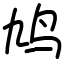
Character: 鸠